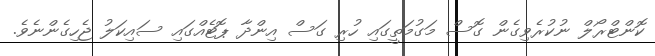
ކޮންޓްރޯލް ނުކުރެވިގެން ގޮސް މަގުމަތީގައި ހުރި ގަސް އިންދާ ޕޮޓެއްގައި ސައިކަލު ޖެހިގެންނެވެ.